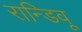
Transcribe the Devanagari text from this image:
रान्डिवू